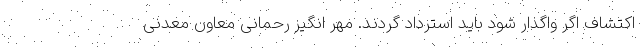
اکتشاف اگر واگذار شود باید استرداد گردند. مهر انگیز رحمانی معاون معدنی